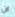
ان